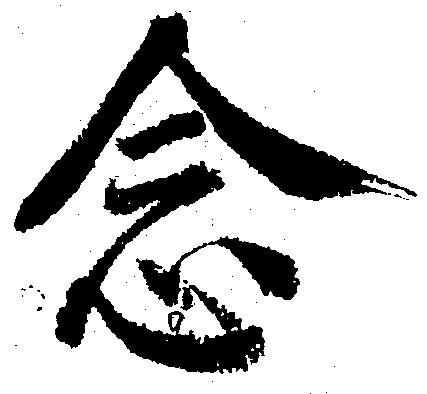
念